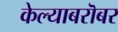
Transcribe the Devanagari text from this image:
केल्याबरॊबर